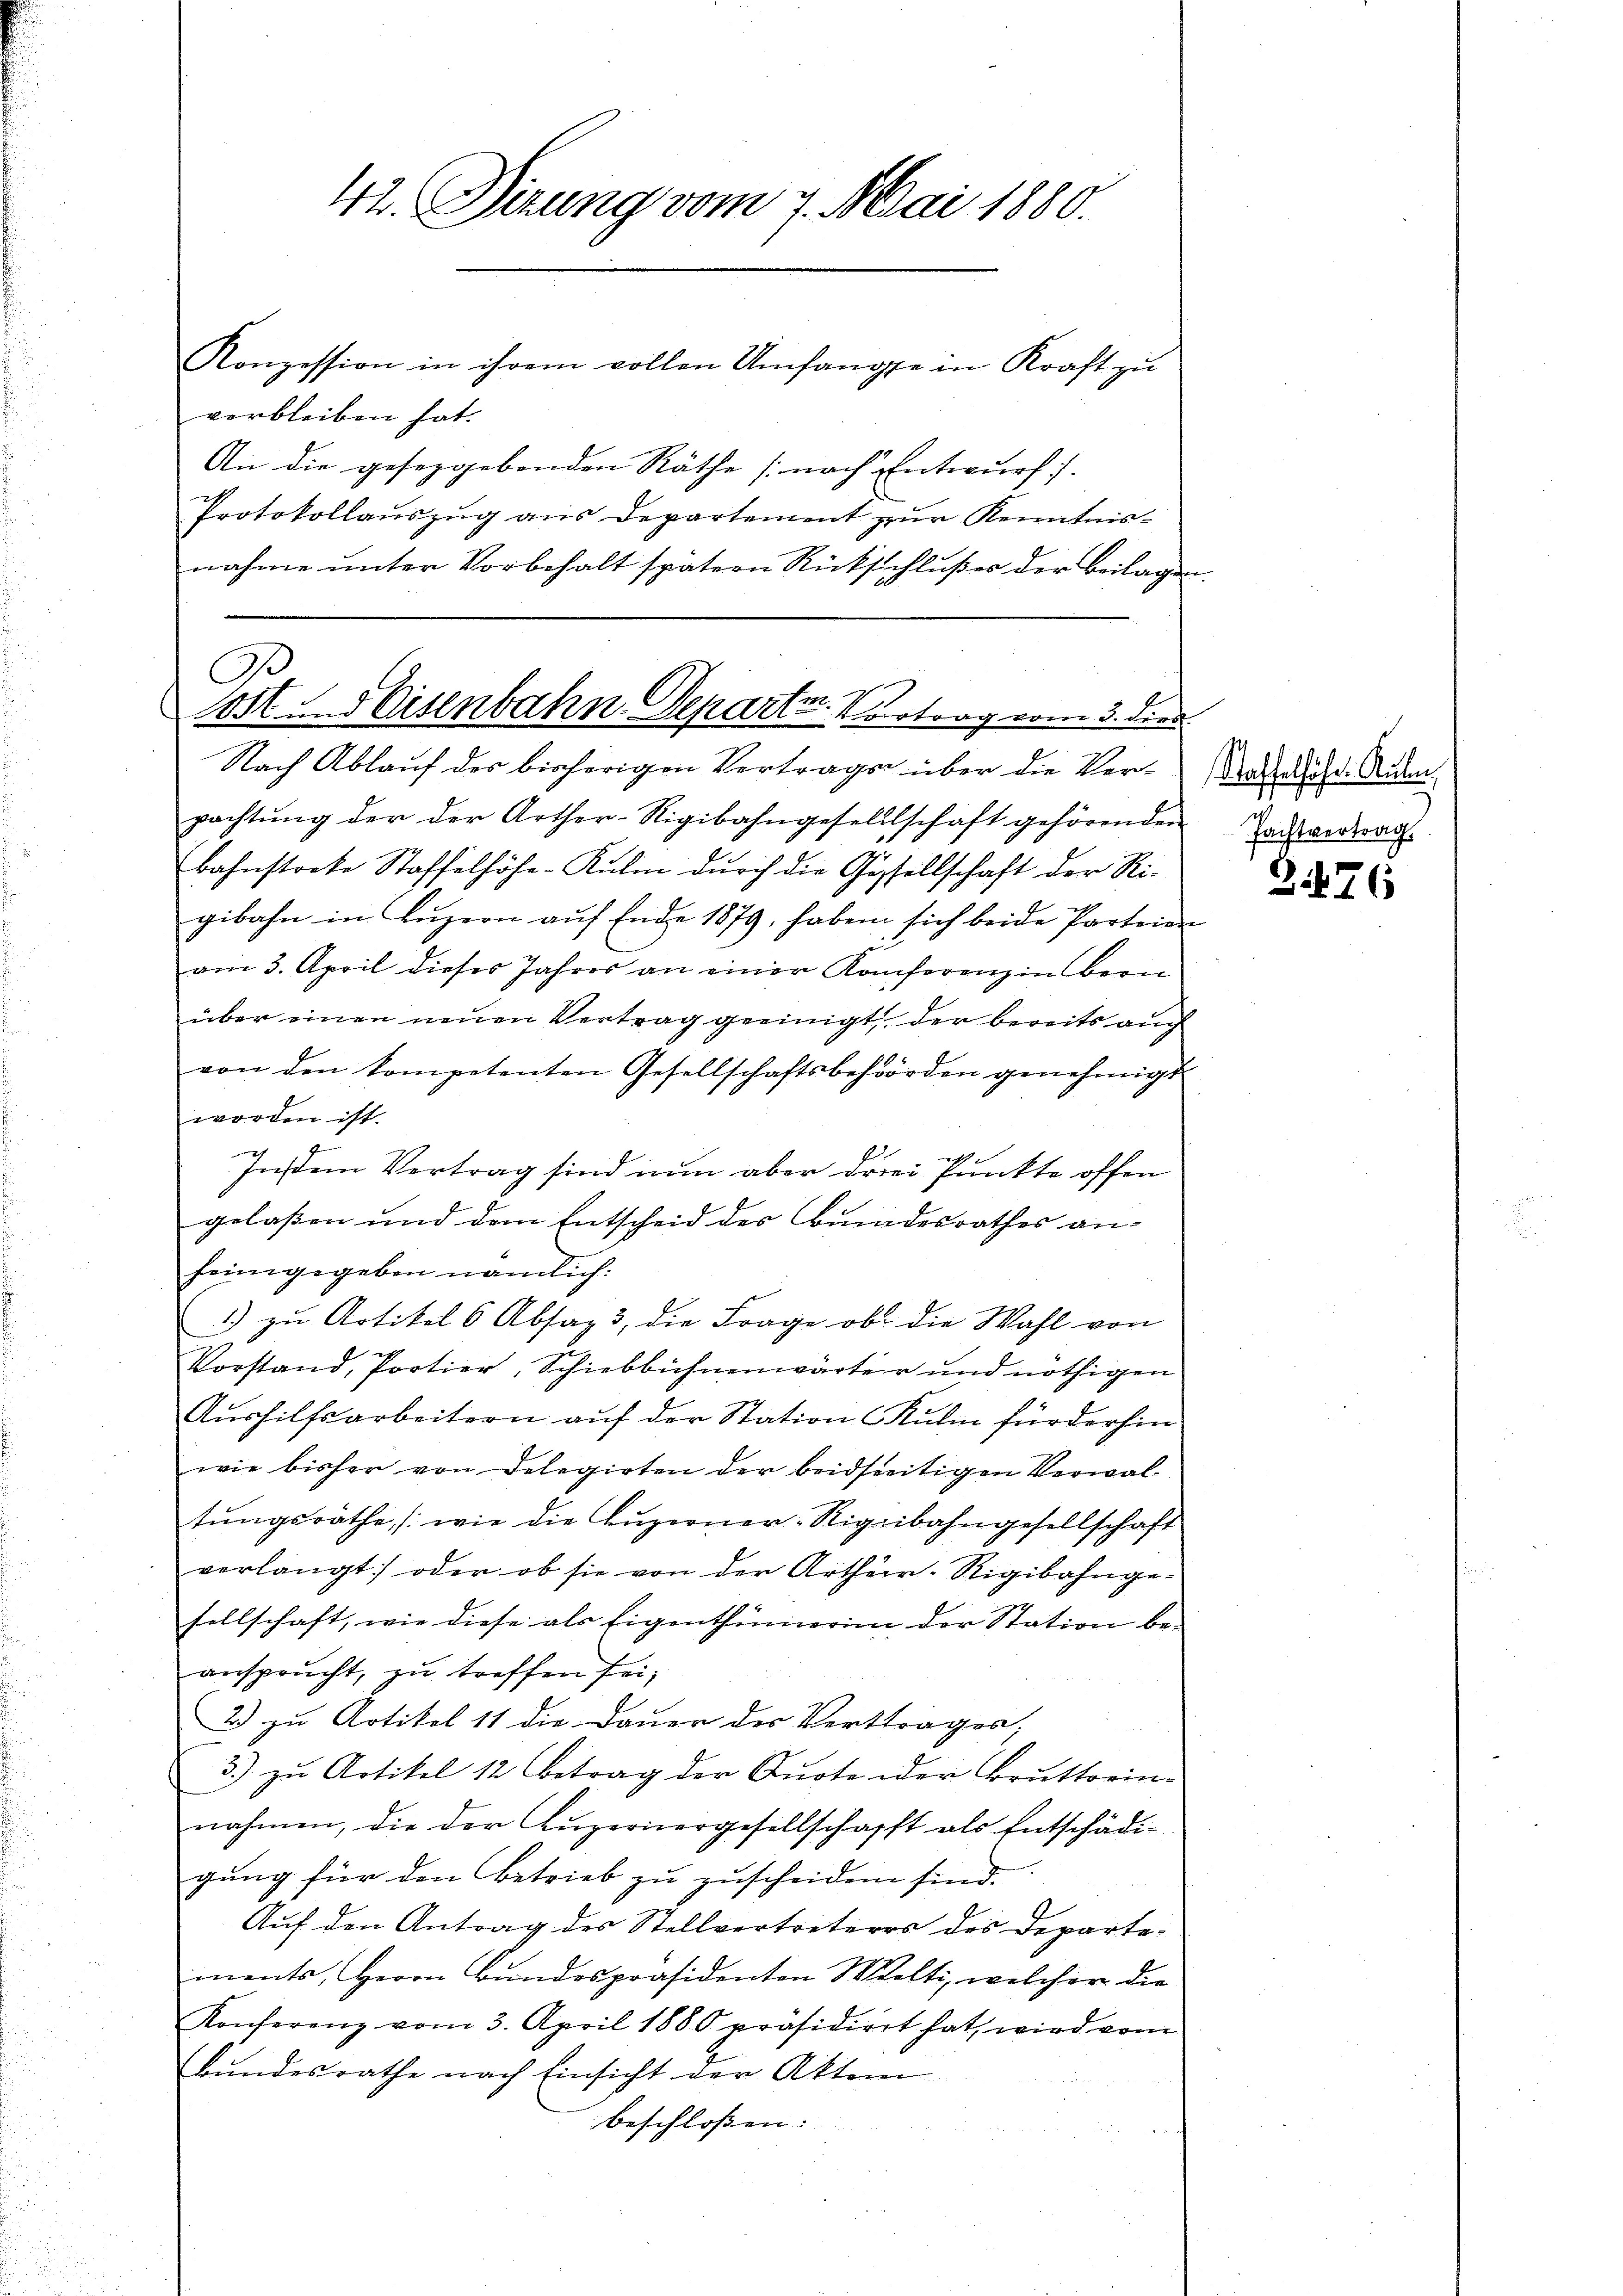
42. Dierung vom 7. Mai 1880.
Konzession in ihrem vollen Umfangse in Kraft zu

verbleiben hat.
An die gesezgebenden Räthe (nach Entwurf.
Protokollauszug aus Departement zur Kenntnisnahme unter Vorbehalt spätern Rückschlußes der Beilagen

Ge
.
f
Jost und Eisenbahn-Departe. Vortrag vom 3. dies
Nach Ablauf des bisherigen Vertrage über die Ver-Tadeliche Aiden¬

pachtŭng der der Arther-Rigibahngesellschaft gehörenden advertraut.
bahnstrate Staffelhöhe-Kulm durch die Gesellschaft der Rigibahn in Lŭzern aŭf Ende 1879, haben sich beide Parten

am 3. April dieses Jahres an einer Konferenz in Bern
über einen neuen Vertrag geeinigt, der bereits auch
von den kompetenten Gesellschaftsbehörden genehmigt
worden ist.
z
.
g
Jnstem Vertrag sind nun aber drei Punkte offen
gelaßen und dem Entscheid des Bundesrathes an-
heimgegeben nämlich:
) zu Artikel 6 Absaz 3, die Frage ob die Wahl von
Vorstand, Portier, Schiebbühnenwärter und nöthigen
Aushilfsarbeitern auf der Station Kulm für derfin
wie bisher von Delegirten der beidseitigen Verwaltungsräthe (wie die Luzerner-Rigibahngesellschaft
verlangt oder ob sie von der Artheir-Rigibahnge-
sellschaft, wie diese als Eigenthümerin der Station be-
ansprucht, zu treffen sei;
2) zu Artikel 11 die Dauer des Verttrages;
3.) zu Artikel 12 Betrag der Quote oder Bruttoein-
nahmen, die der Augernergesellschafft als Entschädigung für den Betrieb zu zuscheiden sind.
Auf den Antrag des Stellvertreteres des Departe-
ments, Herrn Bundespräsidenton Welti, welcher die
Konferenz vom 3. April 1880 präsidiert hat, wird vom
Bundesrathe nach Einsicht der Akten
beschlossen:

3476